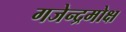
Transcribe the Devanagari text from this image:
गजेन्द्रमोक्ष